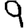
Digit: 9